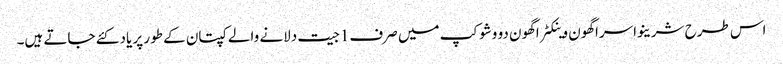
اس طرح شرینواسراگھون وینکٹراگھون دو وشوکپ میں صرف1جیت دلانے والے کپتان کے طور پر یاد کئے جاتے ہیں۔